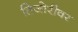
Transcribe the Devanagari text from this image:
तिजोरीवर